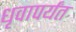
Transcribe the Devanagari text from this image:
धृवापर्यंत